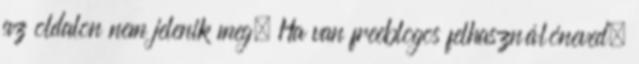
az oldalon nem jelenik meg. Ha van freeblogos felhasználóneved,